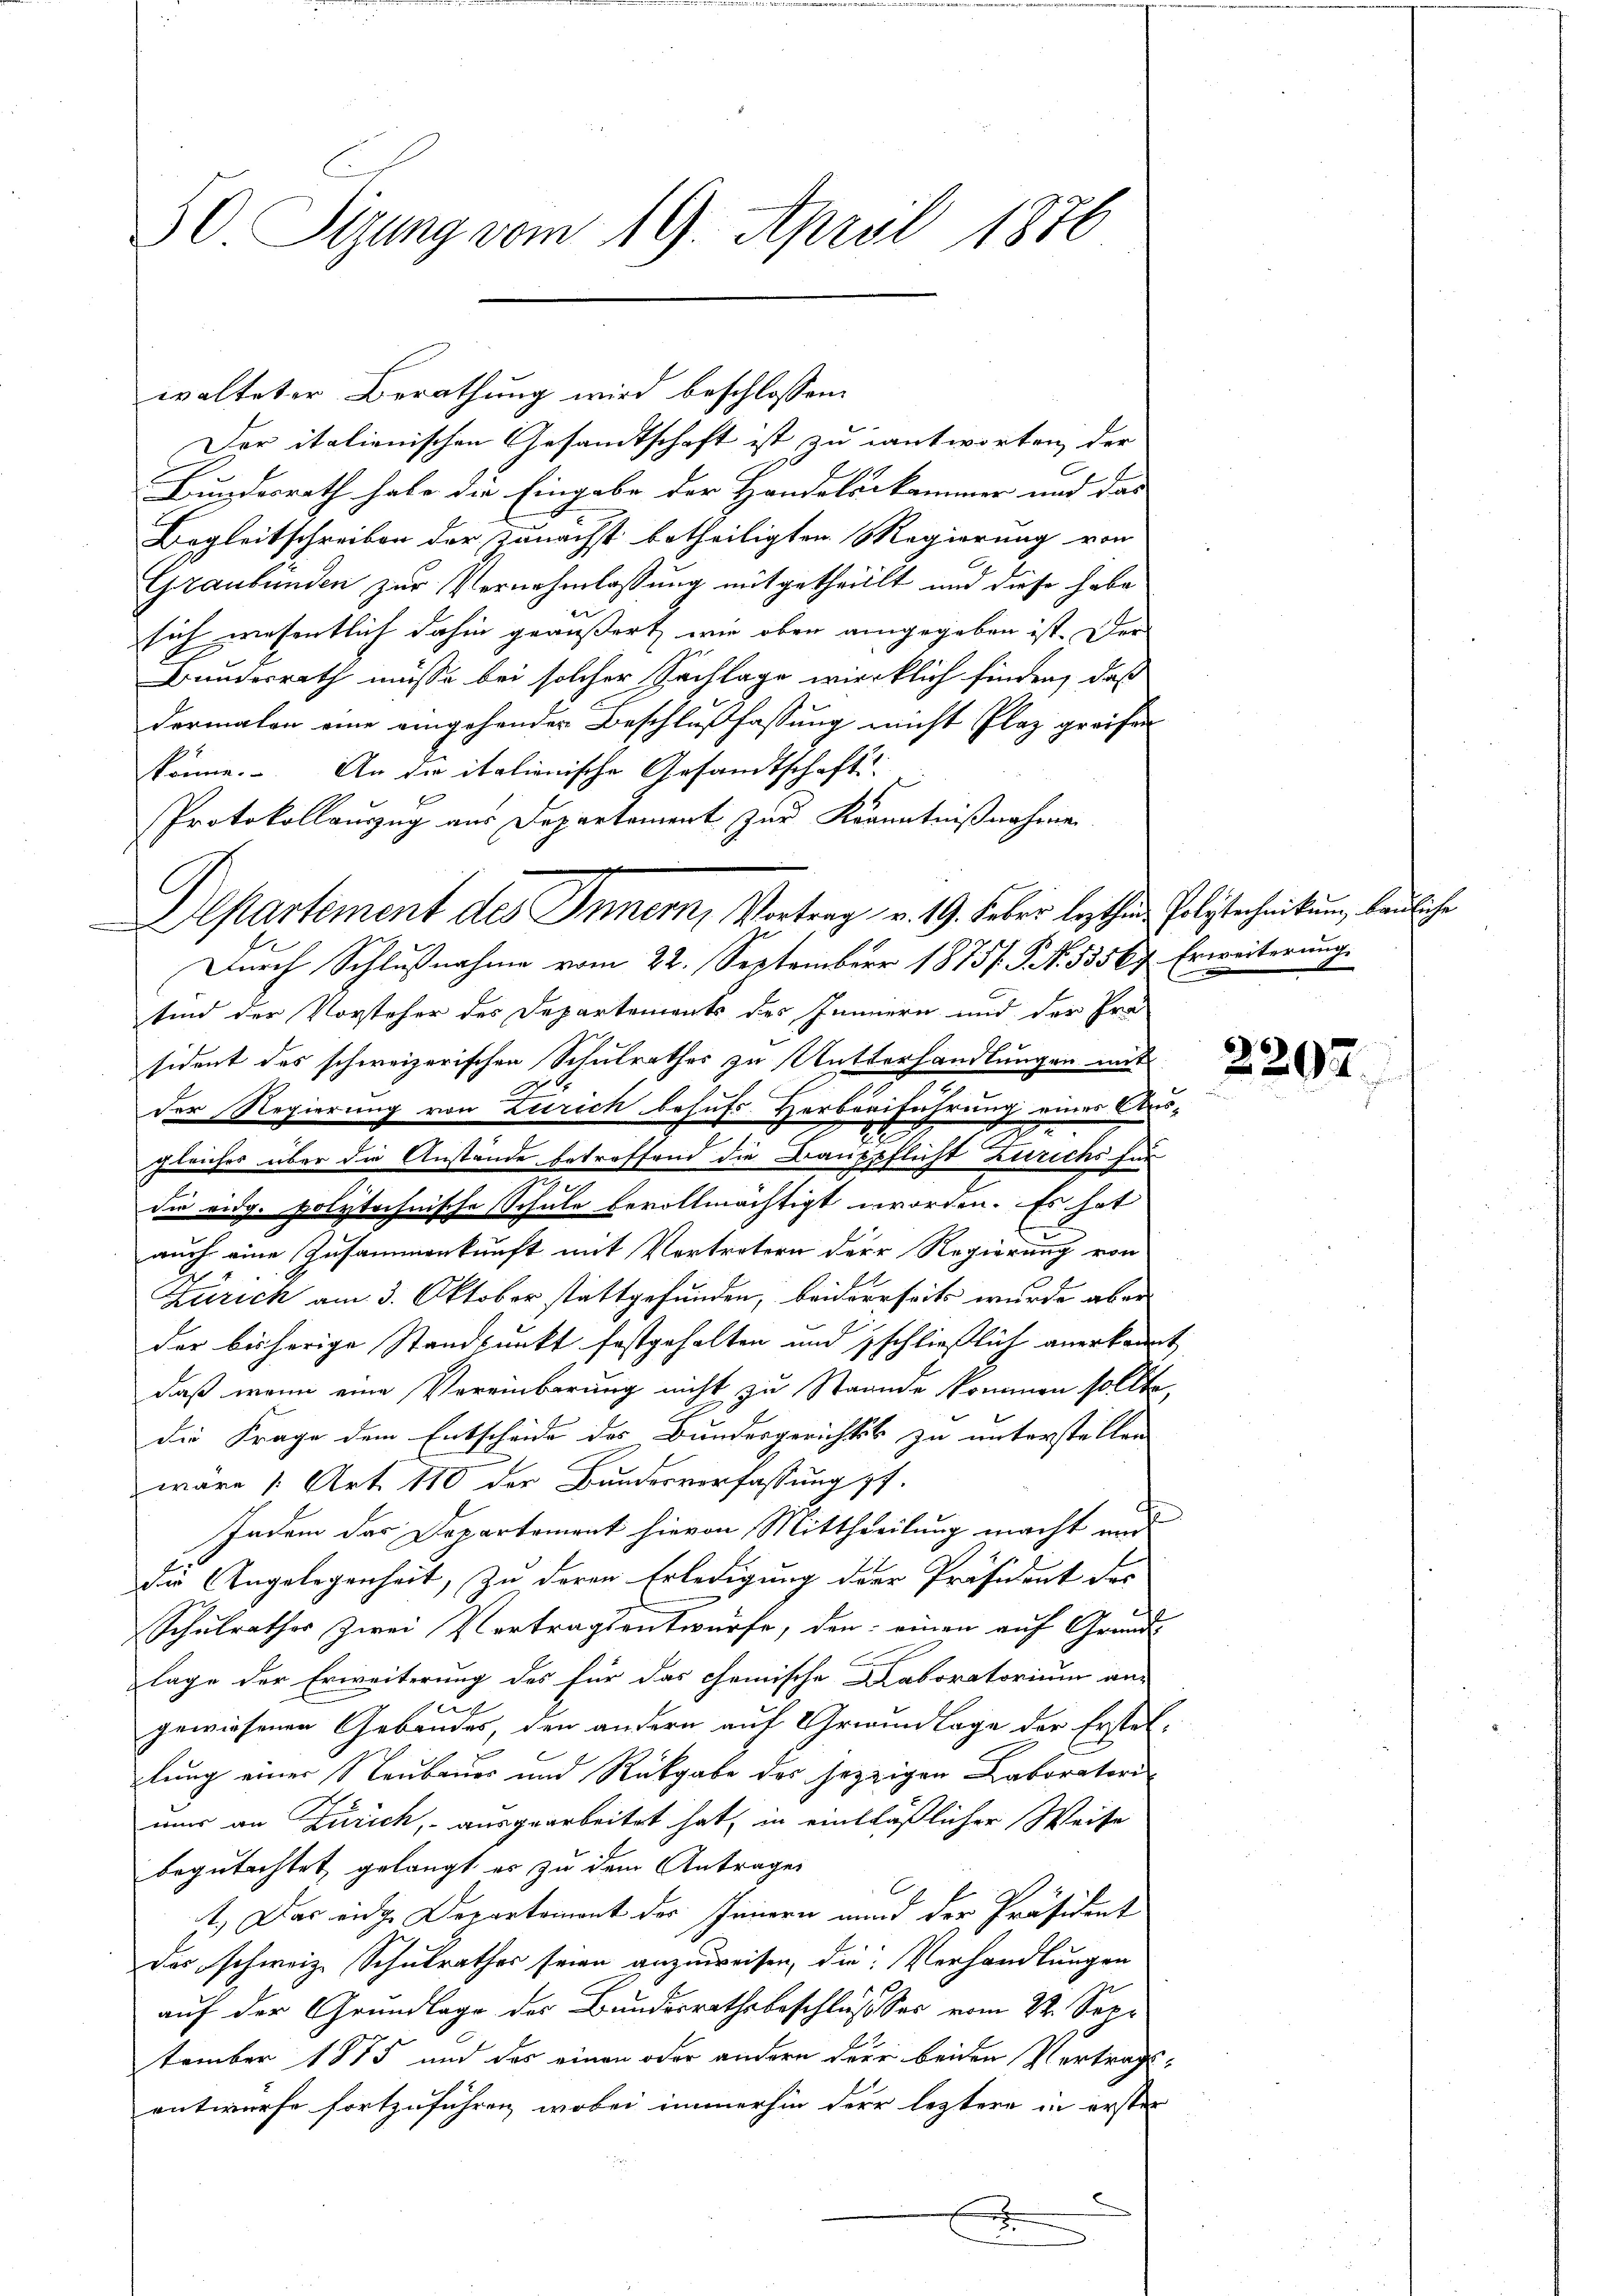
30. Sizung vom 19. April 1876

walteter Berathung wird beschlossen:
Der italienischen Gesandtschaft ist zu antworten, der
Bundesrath habe die Eingabe der Handelskammer und das
Begleitschreiben der zunächst betheiligten Regierung von
Graubünden zur Vernehmlassung mitgetheillt und diese habe
sich wesentlich dahin geäußert, wie oben angegeben ist. Der
Bundesrath müsse bei solcher Sachlage wircklich finden, daß
dermalen eine eingehender Beschlußfassung nicht Plaz greifen
könne. An die italienische Gesandtschafts
Protokollauszug aus Departement zur Kenntnißnahme.
Durch Schlußnahme vom 22. September 1875. P. N. 55567. Erweiterung
sind der Vorsteher des Departements des Innern und der Ira
sident des schweizerischen Schulrathes zu Mutterhandlungen mit
.
der Regierung von Zürich behufs Herbreiführung eines Ausgleiches über die Anstände betroffend die Baupflicht Zürichs für
s
die eidg. Polytechnische Schule bevollmächtigt worden. Es hat
auch eine Zusammenkunft mit Vertretern der Regierung von
Zürich am 3. Oktober stattgefunden, beiderseits wurde aber
der bisherige Standpunkt festgehalten und schließlich anerkannt
daß wenn eine Vereinbarung nicht zu Stande kommen sollte,
die Frage dem Entscheide des Bundesgerichtes zu unterstellen
wäre (Art. 110 der Bundesverfassung pp.
Indem das Departement hievon Mittheilung macht und
die Angelegenheit, zu deren Erledigung der Präsident der
Schulrathes zwei Vertragsentwurfe, den einen auf Grund-
lage der Erweiterung des für das chemische Laboratorium an-
u.
gewiesenen Gebäudes, den andern auf Griann Lage der Erstellung einer Neubaues und Rückgabe des jezzigen Laboratori-
nur an Zürich, - ausgearbeitet hat, in einläßlicher Weise
begutachtet gelangt es zu dem Antrages
t. Das eidge Departement des Innern und der Präsident
Das schweiz. Schulrathes seien anzuweisen, die Verhandlungen
auf der Grundlage des Bundesrathsbeschluß des vom 24. Sep.
tember 1875 und das einen oder andern der beiden Vertragsentwurfe fortzuführen, wobei immerhin der leztere in erster
u
f

g
Departement des Innern, Vortrag v. 19. Feber lezthin Polytechnikum, bauliche

2207